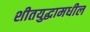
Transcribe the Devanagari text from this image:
शीतयुद्धामधील